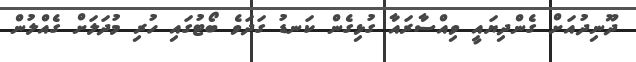
ދޫނިދުއަށް ގެންދިޔައީ ވިއްސާރައާ ގުޅިގެން ކަނޑު ގަދަވެ ބޯޓުގައި ހުރި މުދަލަށް ގެއްލުން